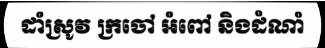
ដាំស្រូវ ក្រចៅ អំពៅ និងដំណាំ